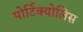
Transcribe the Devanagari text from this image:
पोर्टिक्योलिस